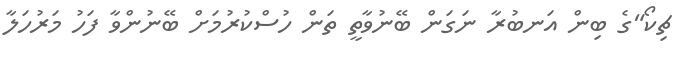
ޗިކޯ"ގެ ބިން އަނބުރާ ނަގަން ބޭނުވާތީ ތަން ހުސްކުރުމަށް ބޭނުންވާ ފަހު މަރުހަލާ